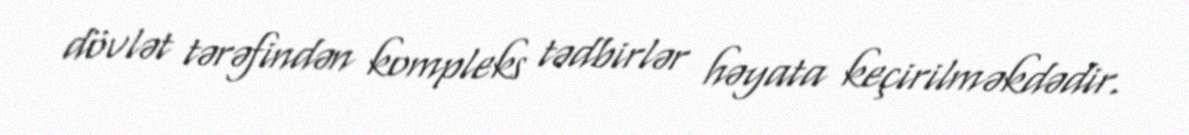
dövlət tərəfindən kompleks tədbirlər həyata keçirilməkdədir.